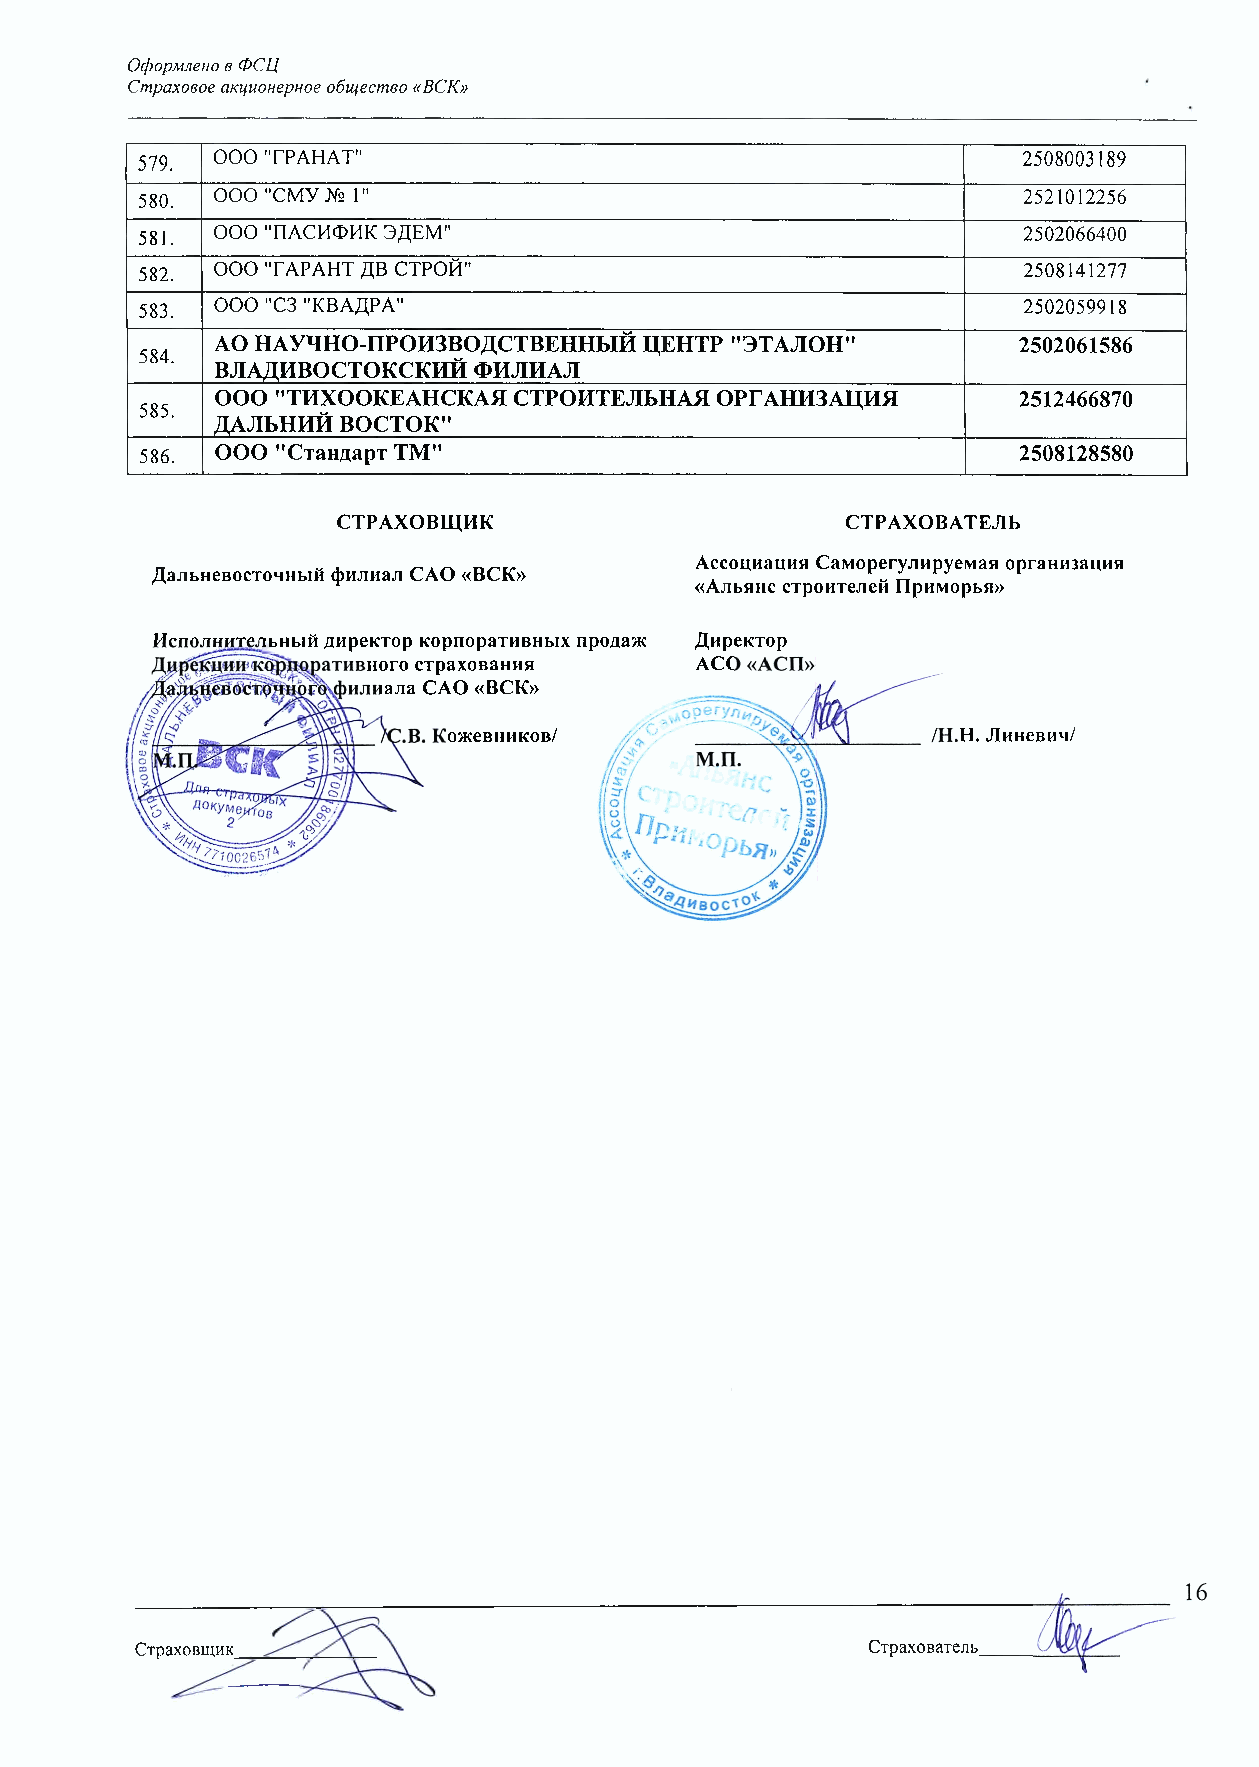
Оформлено в ФСЦ
 Страховое акционерное общество «ВСК»
 579. ООО "ГРАНАТ"                                          2508003189
 580. ООО "СМУ № 1"                                         2521012256
 581. ООО "ПАСИФИК ЭДЕМ"                                    2502066400
 582. ООО "ГАРАНТ ДВ СТРОЙ"                                 2508141277
 583. ООО "СЗ "КВАДРА"                                      2502059918
 АО НАУЧНО-ПРОИЗВОДСТВЕННЫЙ   ЦЕНТР "ЭТАЛОН"          2502061586
 584.
 ВЛАДИВОСТОКСКИЙ  ФИЛИАЛ
 ООО "ТИХООКЕАНСКАЯ  СТРОИТЕЛЬНАЯ ОРГАНИЗАЦИЯ         2512466870
 585.
 ДАЛЬНИЙ ВОСТОК"
 586. ООО "Стандарт ТМ"                                    2508128580
 СТРАХОВЩИК                        СТРАХОВАТЕЛЬ
 Ассоциация Саморегулируемая организация
 Дальневосточный филиал САО «ВСК»
 «Альянс строителей Приморья»
 Исполнительный директор корпоративных продаж Директор
 Дцр^циижбрпгфативного страхования   АСО «АСП»
 Дальневосточного филиала САО «ВСК»
 ■— ^''''^дЖ/С.В. Кожевников/
 /Н.Н. Линевич/
 м.п.
 \о\\
 'С
 1 11
 ж
 /&//
 Страховщик                                      Страхователь